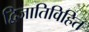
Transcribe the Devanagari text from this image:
द्विजातिविहित